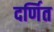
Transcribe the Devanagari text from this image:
दर्णित